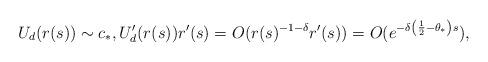
LaTeX: \begin{align*}U_d(r(s))\sim c_*,U_d'(r(s))r'(s)=O(r(s)^{-1-\delta}r'(s))=O(e^{-\delta\left(\frac{1}{2}-\theta_*\right)s}),\end{align*}